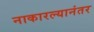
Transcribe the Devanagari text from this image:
नाकारल्यानंतर